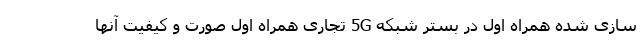
سازی شده همراه اول در بستر شبکه 5G تجاری همراه اول صورت و کیفیت آنها